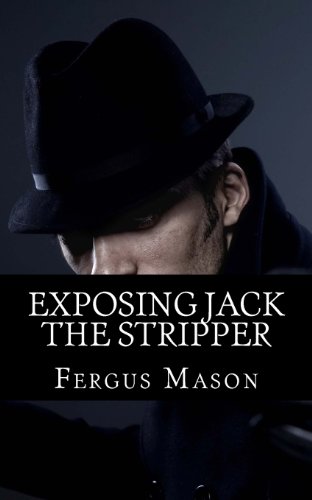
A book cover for Exposing Jack the Stripper: A Biography of the Worst Serial Killer You've Probably Never Heard Of; Fergus Mason; Biographies & Memoirs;